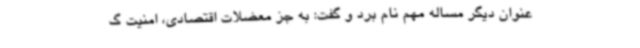
عنوان دیگر مساله مهم نام برد و گفت: به جز معضلات اقتصادی، امنیت گ